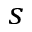
s